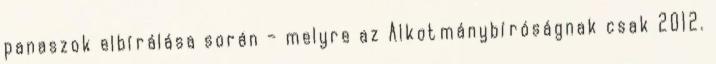
panaszok elbírálása során – melyre az Alkotmánybíróságnak csak 2012.